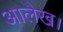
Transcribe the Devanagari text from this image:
आलेख।